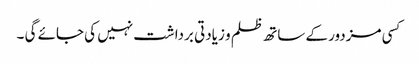
کسی مزدور کے ساتھ ظلم و زیادتی برداشت نہیں کی جائے گی ۔